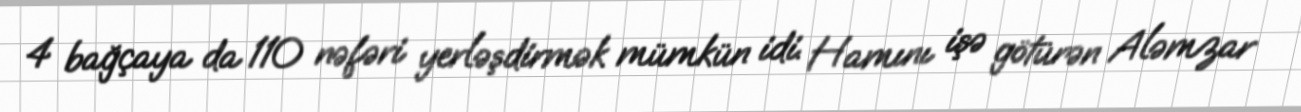
4 bağçaya da 110 nəfəri yerləşdirmək mümkün idi. Hamını işə götürən Aləmzar